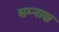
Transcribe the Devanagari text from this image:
सम्नाक्ष